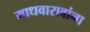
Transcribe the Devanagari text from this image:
माधवारावांना